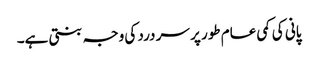
پانی کی کمی عام طور پر سر درد کی وجہ بنتی ہے۔